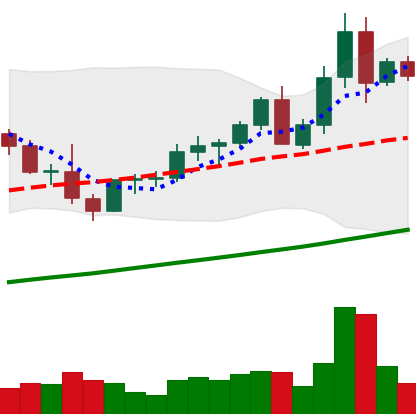
Ticker: LTC-USD
Chart end date: 2021-04-09
Forward return: 26.091%
Label: up_7plus